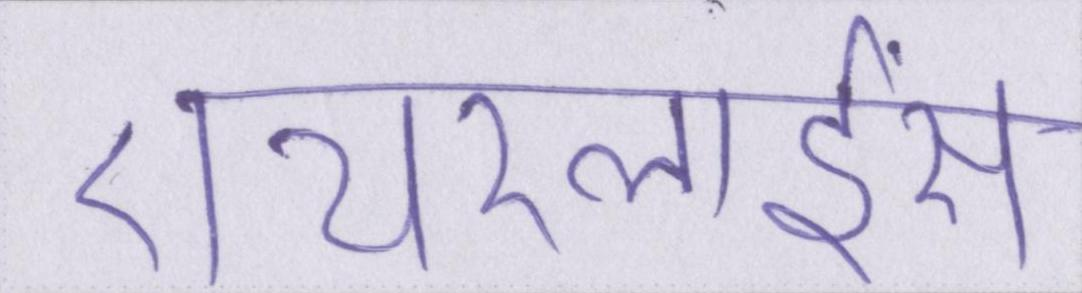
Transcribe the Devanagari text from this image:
एयरलाईंस